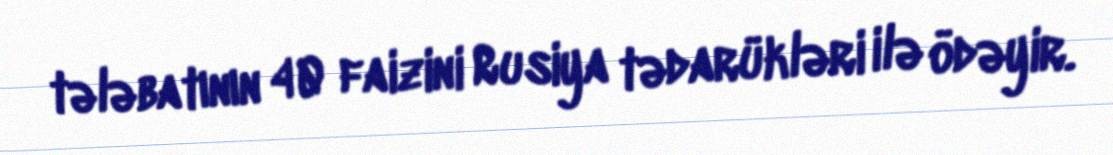
tələbatının 40 faizini Rusiya tədarükləri ilə ödəyir.